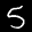
Label: 5